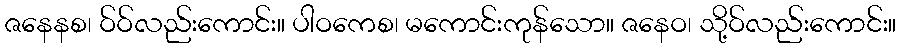
ဇနေနစ၊ ဝ်ဝ်လည်းကောင်း။ ပါဝကေစ၊ မကောင်းကုန်သော။ ဇနေဝ၊ သို့ဝ်လည်းကောင်း။